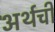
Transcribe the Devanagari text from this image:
अर्थची